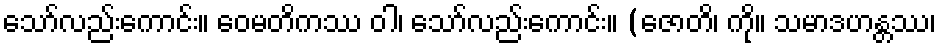
သော်လည်းကောင်း။ ဝေမတိကဿ ဝါ၊ သော်လည်းကောင်း။ (ဇောတိ၊ ကို။ သမာဒဟန္တဿ၊